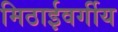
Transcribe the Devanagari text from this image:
मिठाईवर्गीय